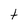
Character: t